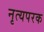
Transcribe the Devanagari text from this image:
नृत्यपरक